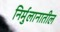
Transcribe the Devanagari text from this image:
निर्मुलानातील